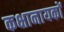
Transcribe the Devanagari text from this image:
कक्षानायकों